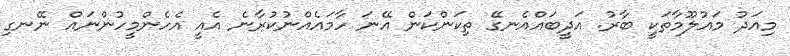
މިއަދު މައުލޫމާތަކީ ބާރު. އަދީބައްއެނގޭ ތިކަންކަން އޭނަ ހާމައެއްނުކުރާނެ އެއީ އެހެންމީހުންނައް ނޭނގި